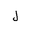
Letter: _lam